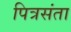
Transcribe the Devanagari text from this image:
पित्रसंता